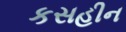
કસહીન